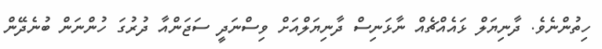
ހިތުންނެވެ. ދާނިޔަލް ޅައެއްޗެއް ނާޅަނިސް ދާނިޔަލްއަށް ވިސްނަދީ ސަޖަންއާ ދުރުގަ ހުންނަން ބުނެދޭން